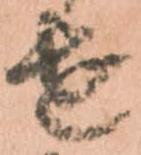
せ